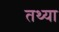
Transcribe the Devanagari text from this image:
तथ्या